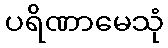
ပရိဏာမေသုံ